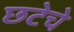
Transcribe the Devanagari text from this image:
छटेचे